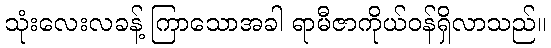
သုံးလေးလခန့် ကြာသောအခါ ရာမီဇာကိုယ်ဝန်ရှိလာသည်။